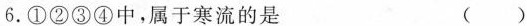
6.①②③④中，属于寒流的是 ()